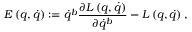
E \left( q , \dot { q } \right) : = \dot { q } ^ { b } \frac { \partial L \left( q , \dot { q } \right) } { \partial \dot { q } ^ { b } } - L \left( q , \dot { q } \right) ,